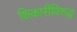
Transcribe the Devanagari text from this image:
शिकारींविरुद्ध